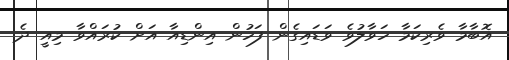
އޮބާމާ ވެރިކަމާ ހަވާލުވެ ވަޑައިގެން ފަހުން އިންޑިއާ އަށް ކުރައްވާ މިއީ ދެ